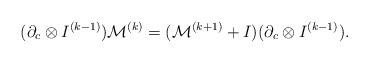
LaTeX: \begin{align*} (\partial_c \otimes I^{(k-1)})\mathcal{M}^{(k)}=(\mathcal{M}^{(k+1)}+I)(\partial_c\otimes I^{(k-1)}).\end{align*}